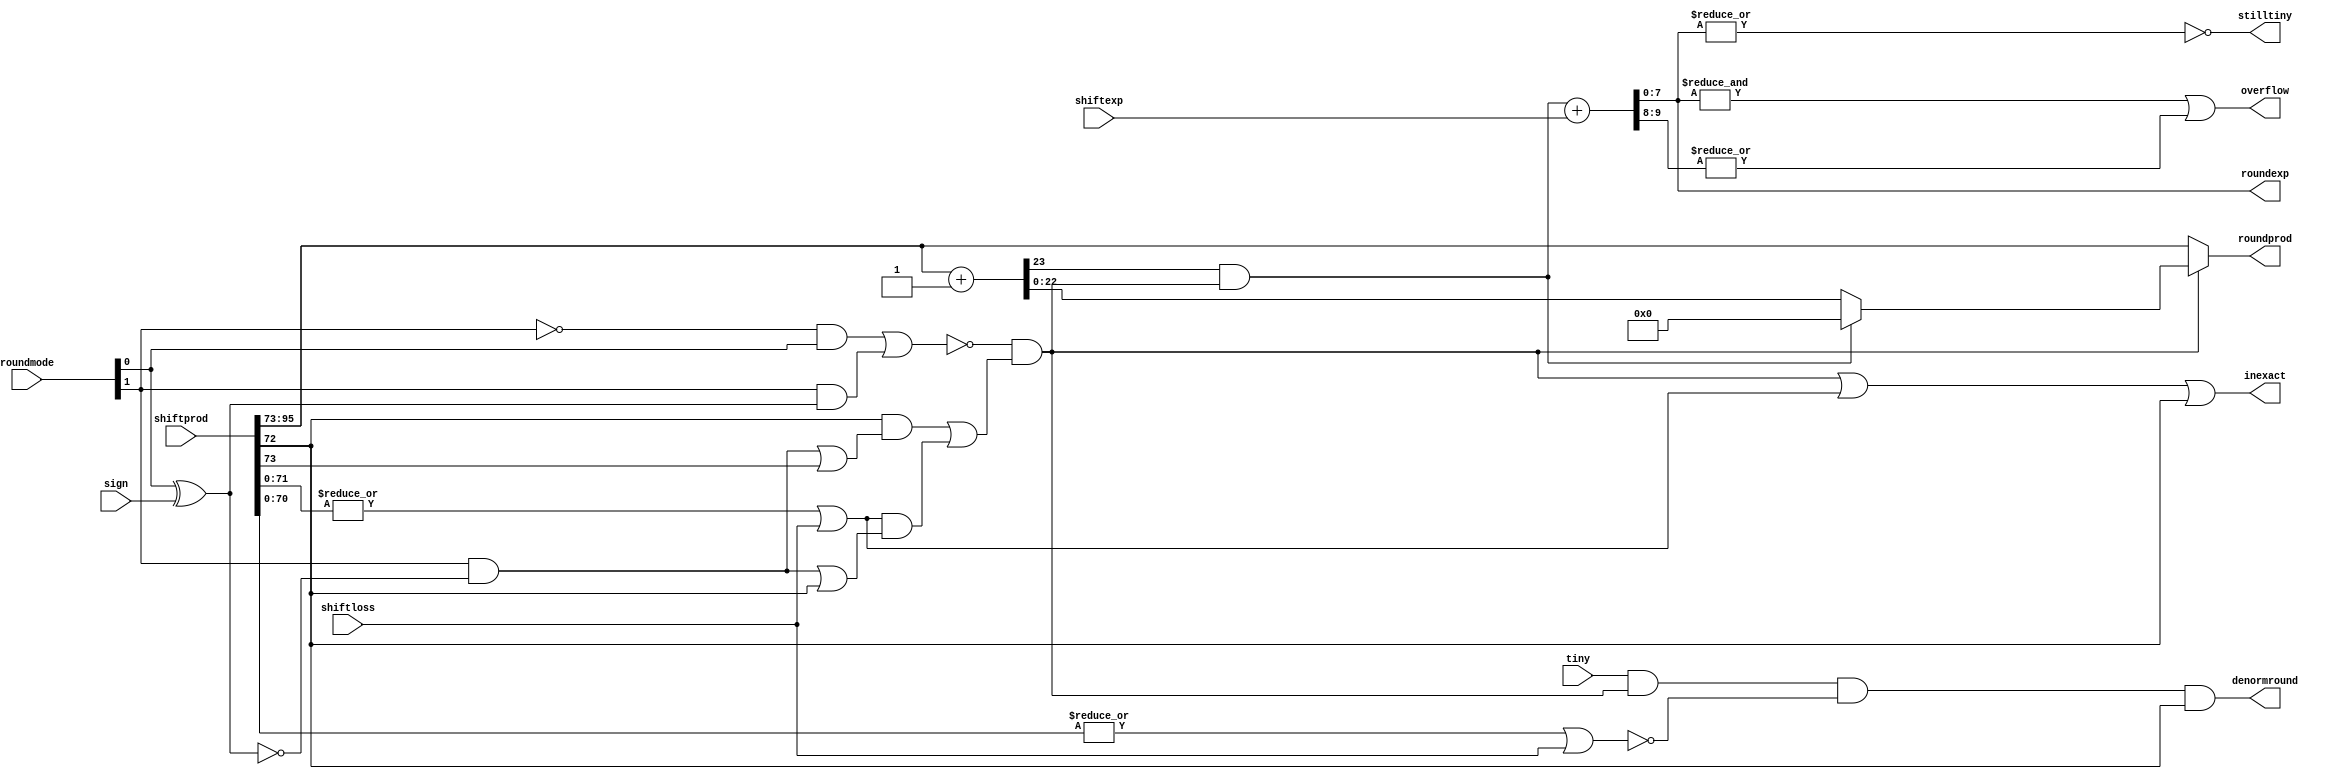
`define NWIDTH 6'b010100
`define BLOCKWIDTH 5'b01000
`define DDRWIDTH 7'b0100000
`define DDRNUMDQS 4'b0100
`define DDRSIZEWIDTH 6'b011000
`define BURSTLEN 3'b010
`define MEMCONWIDTH 8'b01000000
`define MEMCONNUMBYTES 5'b01000
`define RAMWIDTH 13'b0100000000000
`define RAMNUMBYTES 10'b0100000000
`define RAMSIZEWIDTH 5'b01000
`define TOPWIDTH 7'b0100000
`define rFIFOINPUTWIDTH 8'b01000000
`define wFIFOINPUTWIDTH 13'b0100000000000
`define mFIFOWIDTH 6'b011100
`define aFIFOWIDTH 5'b01000
`define SIMULATION_MEMORY
`define BLOCKM 9'b010000000
`define BLOCKN 9'b010000000
`define BLOCKMDIVK 3'b010
`define MEMBLOCKM 8'b01000000
`define MEMBLOCKN 8'b01000000
`define NWIDTH 6'b010100
`define BLOCKWIDTH 5'b01000
`define DDRSIZEWIDTH 6'b011000
`define RAMSIZEWIDTH 5'b01000
`define START 1'b0 //0
`define SETUP 2'b01 //1
`define FIRST 3'b010 //2
`define MODE0_SETUP 3'b011 //3
`define MODE0_WAIT 4'b0100 //4
`define MODE0 4'b0101 //5
`define MODE1_SETUP 4'b0110 //6
`define MODE1_WAIT 4'b0111 //7
`define MODE1 5'b01000 //8
`define MODE2_SETUP 5'b01001 //9
`define MODE2_WAIT 5'b01010 //10
`define MODE2 5'b01011 //11
`define MODE3_SETUP 5'b01100 //12
`define MODE3_WAIT 5'b01101 //13
`define MODE3 5'b01110 //14
`define STALL 5'b01111 //15
`define STALL_WAIT 6'b010000 //16
`define WAIT 6'b010001 //17
`define FINAL_WRITE 6'b010010 //18
`define FINAL_WAIT 6'b010011 //19
`define IDLE 6'b010100 //20
`define LAST_SETUP 6'b010101 //21
`define LAST_SETUP_WAIT 6'b010110 //22
`define LAST 6'b010111 //23
`define LAST_WAIT 6'b011000 //24
`define MEM_IDLE 1'b0 //0
`define MEM_WRITE 2'b01 //1
`define MEM_WRITE_WAIT 3'b010 //2
`define MEM_CHECK_DONE 3'b011 //3
`define MEM_READ 4'b0100 //4
`define MEM_READ_WAIT 4'b0101 //5
`define MEM_DONE 4'b0110 //6
`define MEM_WAIT_DONE 4'b0111 //7
`define rRAMSIZEWIDTH 8
`define cSETUP 4'b0000
`define cSTART 4'b0001
`define cFETCH_COL 4'b0010
`define cWAIT_COL 4'b0011
`define cFIND_REC 4'b0100
`define cMULT_COL 4'b0101
`define cUPDATE_J 4'b0110
`define cSTORE_MO 4'b0111
`define cMULT_SUB 4'b1000
`define cINCRE_I 4'b1001
`define cWAIT 4'b1010
`define cDONE 4'b1011
`define cSTORE_DIAG 4'b1100
`define cSTORE_DIAG2 4'b1101
`define cSTART_FETCH_ROW 4'b1110
`define cROW_WAIT 2'b00
`define cFETCH_ROW 2'b01
`define cDONE_FETCH_ROW 2'b10
`define cLOAD_ROW_INC_J 2'b11
`define PRECISION 7'b0100000
`define NUMPE 8'b01000000
`define PEWIDTH 4'b0110
`define BLOCKWIDTH 5'b01000
`define RAMWIDTH 13'b0100000000000
`define RAMNUMBYTES 10'b0100000000
`define RAMSIZEWIDTH 5'b01000
`define TOPSIZEWIDTH 5'b01110
`define TOPINPUTDELAY 3'b011
`define TOPOUTPUTDELAY 2'b01
`define MEMINPUTDELAY 3'b010
`define MEMOUTPUTDELAY 2'b01
`define TOPWIDTH 7'b0100000
//`define rFIFOINPUTWIDTH 64
`define rFIFOSIZE 512
`define rFIFOSIZEWIDTH 9
`define rFIFOOUTPUTWIDTH 2048
`define rFIFORSIZEWIDTH 4
	`define wFIFOINPUTWIDTH 13'b0100000000000
	`define wFIFOSIZE 6'b010000
	`define wFIFOSIZEWIDTH 4'b0100
	`define wFIFOOUTPUTWIDTH 8'b01000000
	`define wFIFORSIZEWIDTH 5'b01001
`define aFIFOSIZE 6'b010000
`define aFIFOSIZEWIDTH 4'b0100
`define aFIFOWIDTH 5'b01000
`define mFIFOSIZE 16
`define mFIFOSIZEWIDTH 4
//`define mFIFOWIDTH 28
`define BURSTLEN 3'b010
`define BURSTWIDTH 3'b010
`define DATAWIDTH 13'b0100000000000
`define DATANUMBYTES 10'b0100000000
`define MEMCONWIDTH 8'b01000000
`define MEMCONNUMBYTES 5'b01000
`define DDRSIZEWIDTH 6'b011000
`define FIFOSIZE 6'b010000
`define FIFOSIZEWIDTH 4'b0100
`define RAMWIDTH 13'b0100000000000
`define RAMNUMBYTES 10'b0100000000
`define RAMSIZEWIDTH 5'b01000
`define RATIO 7'b0100000
`define RAMLAT 4'b0101
`define dIDLE 0
`define dWRITE 1
`define dREAD 2
`define ZERO        8'b00000000  
`define ONE         8'b00000001  
`define TWO         8'b00000010  
`define THREE 		  8'b00000011  
`define FOUR		  8'b00000100  
`define FIVE		  8'b00000101  
`define SIX         8'b00000110  
`define SEVEN       8'b00000111  
`define EIGHT       8'b00001000  
`define NINE        8'b00001001  
`define TEN         8'b00001010  
`define ELEVEN      8'b00001011  
`define TWELVE      8'b00001100  
`define THIRTEEN    8'b00001101  
`define FOURTEEN    8'b00001110  
`define FIFTEEN     8'b00001111  
`define SIXTEEN     8'b00010000  
`define SEVENTEEN   8'b00010001  
`define EIGHTEEN	  8'b00010010  
`define NINETEEN    8'b00010011  
`define TWENTY		  8'b00010100  
`define TWENTYONE   8'b00010101  
`define TWENTYTWO   8'b00010110  
`define TWENTYTHREE 8'b00010111  
`define TWENTYFOUR  8'b00011000  
`define WEXP	8  
`define WSIG	23  
`define WFLAG	5  
`define WCONTROL 5  
`define DIVZERO 	0  
`define INVALID 	1  
`define INEXACT 	2  
`define OVERFLOW 	3  
`define UNDERFLOW	4  
`define WIDTH 		32 	//(`WEXP + `WSIG + 1)  
`define PRODWIDTH	48 	//(2 * (`WSIG + 1))  
`define SHIFTWIDTH	96 	//(2 * `PRODWIDTH))  
`define WPRENORM	24	// `WSIG + 1  
`define WEXPSUM		10	// `WEXP + 2  
`define BIAS		127	// (2^(`WEXP)) - 1  
`define WSIGMINUS1	22	// `WSIG - 1, used for rounding  
`define WSHIFTAMT	5	// log2(`WSIG + 1) rounded up  
`define UNDERBIAS	192	// 3 * 2 ^ (`WEXP -2)  
`define OVERBIAS	-192	// -`UNDERBIAS  
`define	EXTRASIG	25		// `WSIG+2 this is the amount of precision needed so no  
`define	SHIFT		5		// # bits the max alignment shift will fit in (log2(`WSIG+2)  
`define	MAX_EXP		8'b11111110	// the maximum non-infinite exponent,  
`define	INF_EXP		8'b11111111	// Infinity exponent, `WEXP bits, all 1  
`define	MAX_SIG		23'b11111111111111111111111  
`define	WEXP_0		8'b0		// Exponent equals `WEXP'b0  
`define	WEXP_1		8'b1		// Exponent equals one `WEXP'b1  
`define	WSIG_0		23'b0		// Significand equals zero `WSIG'b0  
`define	WSIG_1		23'b1		// Significand equals one `WSIG'b1  
`define	EXTRASIG_0	25'b0		// All result bits for adder zero `EXTRASIG'b0  
`define	MAXSHIFT	24		// `WSIG + 1  
`define CONSTNAN	{9'b111111111,22'b0}  
`define CONSTZERO	31'b0  
`define CONSTINFINITY	{8'b11111111, 23'b0}  
`define CONSTLARGEST	{`MAX_EXP, `MAX_SIG}  
`define PRESHIFTZEROS  48'b0 // `PRODWIDTH'b0  

module round(shiftprod, shiftexp, shiftloss, roundprod, roundexp, roundmode,  
		sign, tiny, inexact, overflow, stilltiny, denormround); 
 
  // external signals 
  input	[`SHIFTWIDTH-1:0] shiftprod;	// normalized and shifted product of mantissae 
  input [`WEXPSUM-1:0]	shiftexp;	// shifted exponent 
  input			shiftloss;	// bits were lost in the shifting process 
  output [`WSIG-1:0] 	roundprod;	// rounded floating-point product 
  output [`WEXP-1:0] 	roundexp;	// rounded exponent 
  input  [1:0] 		roundmode;	// 00 = RN; 01 = RZ; 10 = RP; 11 = RM 
  input			sign;		// sign bit for rounding mode direction 
  input			tiny;		// denormalized number after rounding 
  output		inexact;	// rounding occured 
  output		overflow;	// overflow occured 
  output		stilltiny;	// Result is tiny (denormalized #) after rounding 
  output		denormround;	// result was rounded only because it was a denormalized number 
 
  // internal signals 
  wire			roundzero;	// rounding towards zero 
  wire			roundinf;	// rounding towards infinity 
  wire 			stickybit;	// there one or more 1 bits in the LS bits 
  wire			denormsticky;	// sticky bit if this weren't a denorm 
  wire [`WSIG-1:0] 	MSBits;		// most significant bits 
  wire [`WSIG:0] 	MSBitsplus1; 	// most significant bits plus 1 
					//	for rounding purposes. needs to be one 
					//	bit bigger for overflow 
  wire [1:0]		roundbits;	// bits used to compute rounding decision 
  wire 			rounddecision;	// round up 
  wire			roundoverflow;	// rounding overflow occured 
  wire [`WEXPSUM-1:0]	tempexp;	// exponent after rounding 
 
  //reduce round mode to three modes 
  //	dont need round nearest, it is implied 
  //	by roundzero and roundinf being false 
  //assign roundnearest 	= ~&roundmode; 
//  assign roundzero	= &roundmode || (^roundmode && (roundmode[0] || sign)); 
  assign roundzero	= (~roundmode[1] & roundmode[0]) | (roundmode[1] & (roundmode[0] ^ sign)); 
  assign roundinf	= roundmode[1] & ~(sign ^ roundmode[0]); 
 
  // pull out the most significant bits for the product 
  assign MSBits = shiftprod[`SHIFTWIDTH-1:`SHIFTWIDTH-`WSIG]; 
 
  // add a 1 to the end of MSBits for round up 
  assign MSBitsplus1 = MSBits + 1; 
 
  // pull out the last of the most significant bits  
  //	and the first of the least significant bits 
  //	to use for calculating the rounding decision 
  assign roundbits[1:0]	= shiftprod[`SHIFTWIDTH-`WSIG:`SHIFTWIDTH-`WSIG-1]; 
 
  // calculate the sticky bit. Are any of the least significant bits 1? 
  //	also: was anything lost while shifting? 
  // *** Optimization: some of these bits are already checked from the shiftloss *** 
  // *** Optimization: stickybit can be calculated from denormsticky  
  //			with only 1 more gate, instead of duplication of effort *** 
  assign stickybit 	= |shiftprod[`SHIFTWIDTH-`WSIG-2:0] | shiftloss; 
  assign denormsticky 	= |shiftprod[`SHIFTWIDTH-`WSIG-3:0] | shiftloss; 
 
  // Compute rounding decision 
  assign rounddecision	= ~roundzero & 	( (roundbits[0]	& (roundinf | roundbits[1])) 
					| (stickybit	& (roundinf | roundbits[0])) 
					); 
 
  // Was this only rounded because it is a denorm? 
  assign denormround	= tiny & rounddecision & ~denormsticky & roundbits[0]; 
 
  // detect rounding overflow. it only overflows if: 
  // 1) the top bit of MSBitsplus1 is 1 
  // 2) it decides to round up 
  assign roundoverflow	= MSBitsplus1[`WSIG] & rounddecision; 
 
  // assign significand (and postnormalize) 
  //  rounddecision decides whether to use msbits+1 or msbits. 
  //  if using msbits+1 and there is an rounding overflow (i.e. result=2), 
  //  then should return 1 instead 
  assign roundprod = rounddecision ?  
 			(roundoverflow ? 0 :  
			MSBitsplus1[`WSIG-1:0]) : 
			MSBits; 
 
  // detect inexact 
  assign inexact	= rounddecision | stickybit | roundbits[0]; 
 
  // compensate for a rounding overflow 
  assign tempexp 	= roundoverflow + shiftexp; 
 
  // check for overflow in exponent 
  //	overflow occured if the number 
  //	is too large to be represented, 
  //	i.e. can't fit in `WEXP bits, or 
  //	all `WEXP bits are 1's 
  assign overflow	= &tempexp[`WEXP-1:0] | |tempexp[`WEXPSUM-1:`WEXP]; 
 
  // two possible cases: 
  //	1) Overflow: then exponent doesnt matter, 
  //	it will be changed to infinity anyway 
  //	2) not overflow: the leading bits will be 0 
  assign roundexp	= tempexp[`WEXP-1:0]; 
 
  // The result is tiny if the exponent is less than 1. 
  //	Because the exponent sum is NOT in 2's-complement form, 
  //	it is only less than one if its is zero, i.e. 
  //    all the bits are 0 
  assign stilltiny	= ~|roundexp; 
 
endmodule